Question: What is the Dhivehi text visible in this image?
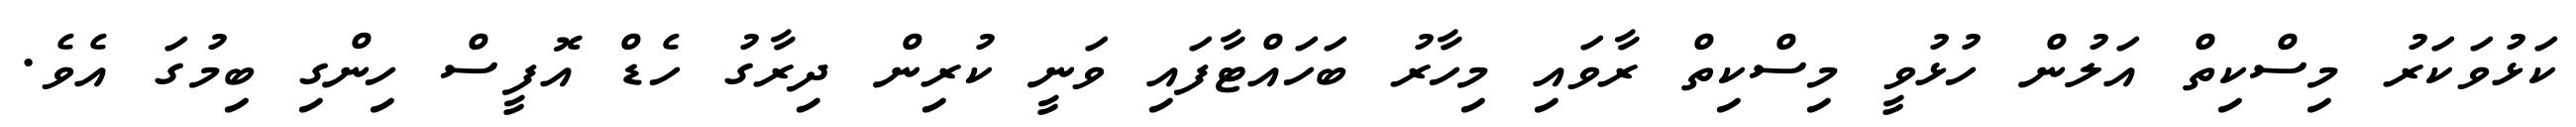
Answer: ކަޅުވަކަރު މިސްކިތް އަލުން ހުޅުވީ މިސްކިތް ރާވައި މިހާރު ބަހައްޓާފައި ވަނީ ކުރިން ދިރާގު ހެޑް އޮފީސް ހިންގި ބިމުގަ އެވެ.